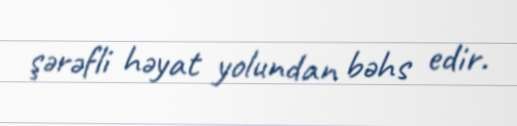
şərəfli həyat yolundan bəhs edir.